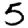
Digit: 5